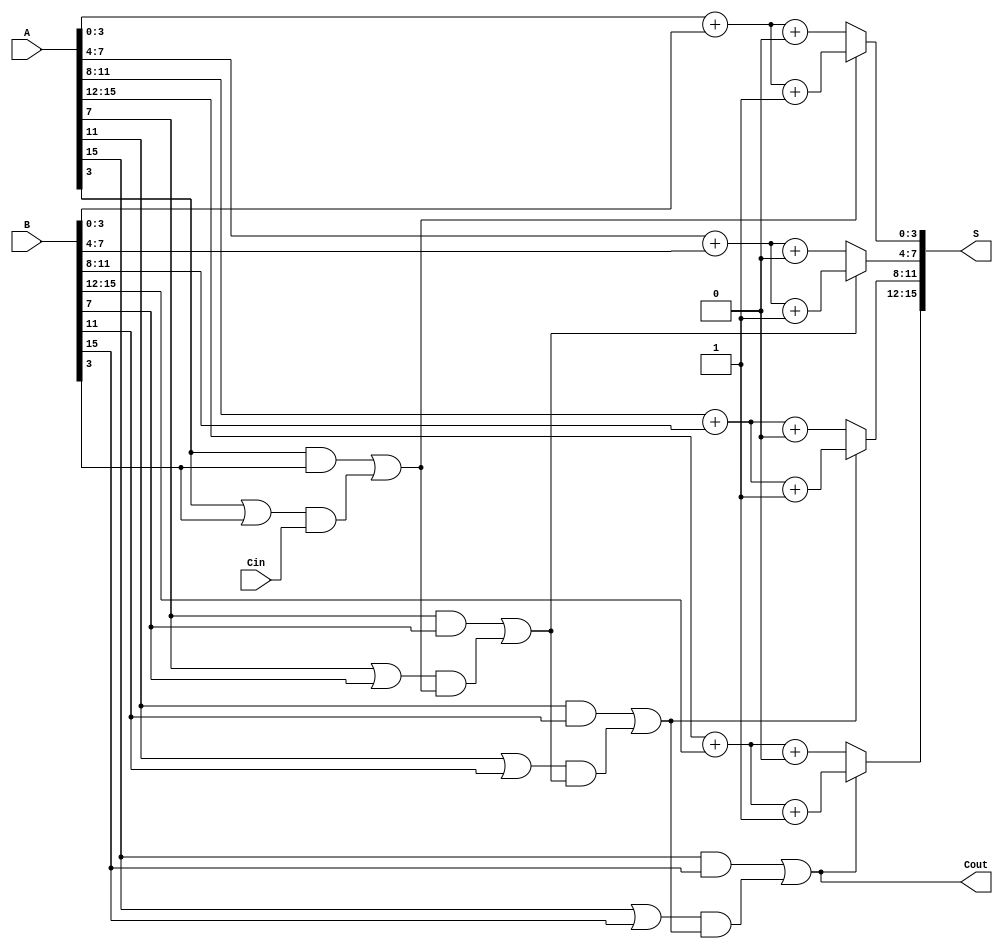
module CSPA #(parameter N = 16, // Total number of bits
               parameter K = 4)  // Block size
(
    input  [N-1:0] A,  // Input A
    input  [N-1:0] B,  // Input B
    input          Cin, // Carry-in
    output [N-1:0] S,   // Sum output
    output         Cout  // Carry-out
);

    localparam NUM_BLOCKS = N / K; // Number of blocks

    // Generate and Propagate signals
    wire [N-1:0] G; // Generate
    wire [N-1:0] P; // Propagate
    wire [NUM_BLOCKS-1:0] C; // Carry for each block

    // Generate and Propagate calculation
    genvar i;
    generate
        for (i = 0; i < N; i = i + 1) begin : gen_prop
            assign G[i] = A[i] & B[i];
            assign P[i] = A[i] | B[i];
        end
    endgenerate

    // Prefix computation for carries
    generate
        for (i = 0; i < NUM_BLOCKS; i = i + 1) begin : carry_blocks
            if (i == 0) begin
                assign C[i] = G[i*K + K-1] | (P[i*K + K-1] & Cin);
            end else begin
                assign C[i] = G[i*K + K-1] | (P[i*K + K-1] & C[i-1]);
            end
        end
    endgenerate

    // Sum computation with carry select
    wire [N-1:0] S0; // Sum for carry-in = 0
    wire [N-1:0] S1; // Sum for carry-in = 1

    generate
        for (i = 0; i < NUM_BLOCKS; i = i + 1) begin : sum_blocks
            wire [K-1:0] sum_block0;
            wire [K-1:0] sum_block1;

            assign sum_block0 = A[i*K +: K] + B[i*K +: K] + 0; // Carry-in = 0
            assign sum_block1 = A[i*K +: K] + B[i*K +: K] + 1; // Carry-in = 1

            assign S0[i*K +: K] = sum_block0;
            assign S1[i*K +: K] = sum_block1;
        end
    endgenerate

    // Final Sum Calculation
    generate
        for (i = 0; i < NUM_BLOCKS; i = i + 1) begin : final_sum
            assign S[i*K +: K] = C[i] ? S1[i*K +: K] : S0[i*K +: K];
        end
    endgenerate

    // Final Carry-out
    assign Cout = C[NUM_BLOCKS-1];

endmodule